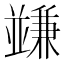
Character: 𠁟